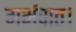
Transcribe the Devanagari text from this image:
गर्भपात।